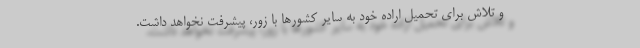
و تلاش برای تحمیل اراده خود به سایر کشورها با زور، پیشرفت نخواهد داشت.